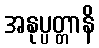
အနုပ္ပတ္တာနိ